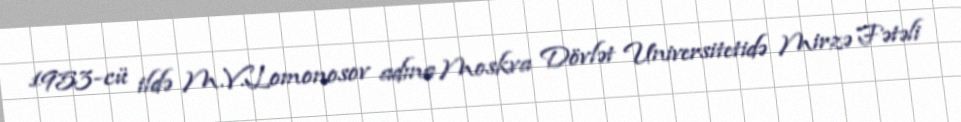
1953-cü ildə M.V.Lomonosov adına Moskva Dövlət Universitetidə Mirzə Fətəli